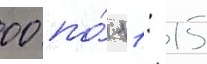
00 по́ 11: 15